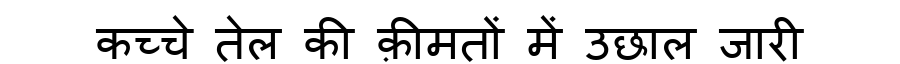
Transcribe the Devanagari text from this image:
कच्चे तेल की क़ीमतों में उछाल जारी